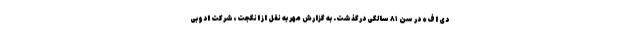
دی اف» در سن ۸۱ سالگی درگذشت. به گزارش مهر به نقل از انگجت، شرکت ادوبی